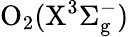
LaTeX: \mathrm{O_{2}(X^{3}\Sigma_{g}^{-})}